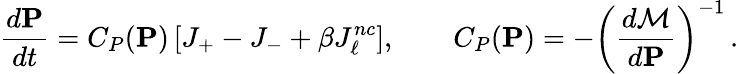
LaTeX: \frac{d\mathbf{P}}{dt}=C_{P}(\mathbf{P})\left[J_{+}-J_{-}+\beta J_{\ell}^{nc}\right],\qquad C_{P}(\mathbf{P})=-\left({\frac{d\mathcal{M}}{d\mathbf{P}}}\right)^{-1}\, .